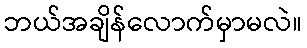
ဘယ်အချိန်လောက်မှာမလဲ။